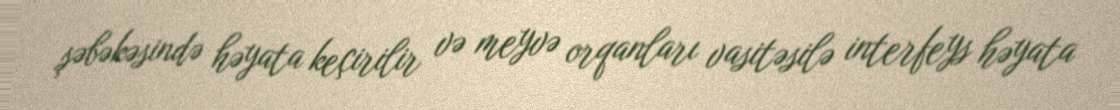
şəbəkəsində həyata keçirilir və meyvə orqanları vasitəsilə interfeys həyata